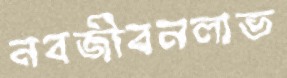
নবজীবনলাভ